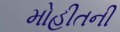
મોહીતની